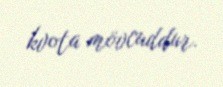
kvota mövcuddur.